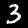
Digit: 3